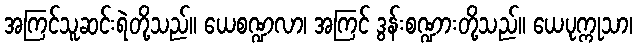
အကြင်သူဆင်းရဲတို့သည်။ ယေစဏ္ဍလာ၊ အကြင် ဒွန်းစဏ္ဍားတို့သည်။ ယေပုက္ကုသာ၊